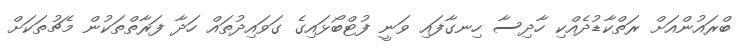
ބްރައުންއަށް ރަތްކާޑުދެއްކި ހާދިސާ ހިނގާފައި ވަނީ ފުޓްބޯޅައިގެ ގަވައިދުތައް ހަދާ ފަރާތްތަކުން މެޗުތަކަށް